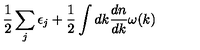
\frac { 1 } { 2 } \sum _ { j } \epsilon _ { j } + \frac { 1 } { 2 } \int d k \frac { d n } { d k } \omega ( k )